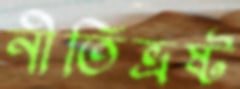
নীতিভ্রষ্ট